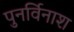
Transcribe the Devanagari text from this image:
पुनर्विनाश